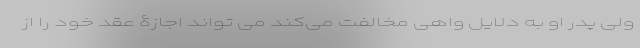
ولی پدر او به دلایل واهی مخالفت می‌کند می تواند اجازۀ عقد خود را از